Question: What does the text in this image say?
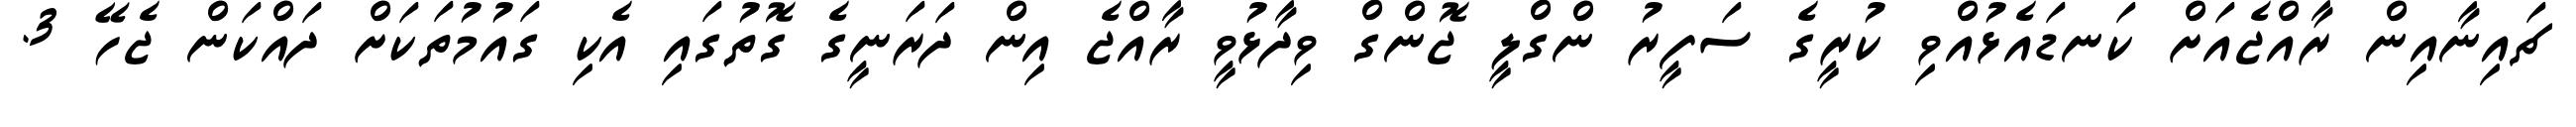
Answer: ޗައިނާއިން ރާއްޖެއަށް ކަނޑައެޅުއްވި ކުރީގެ ސަފީރު ންގްލީ ޖޮންގް ވިދާޅުވީ ރާއްޖެ އިން ދަރަނީގެ ގޮތުގައި އެކި ގައުމުތަކަށް ދައްކަން ޖެހޭ 3.